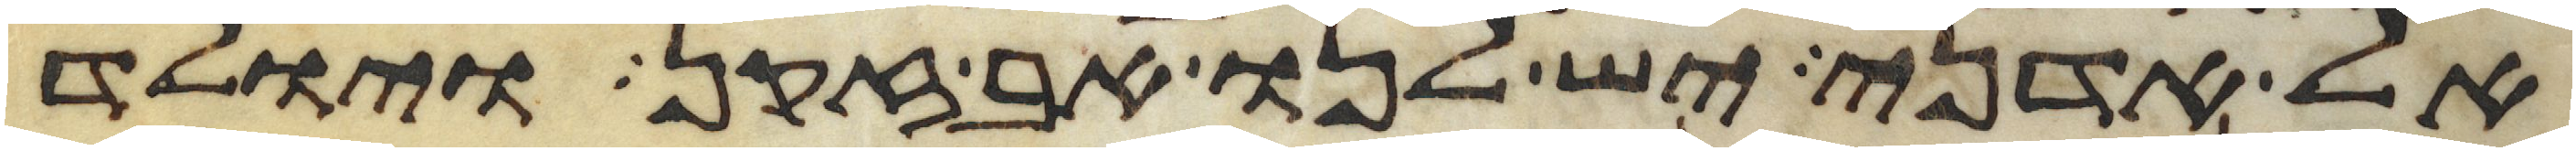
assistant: אל אדני יש לנו אב זקן ויולד